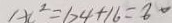
A C ^ { 2 } = 6 4 + 1 6 = 8 0